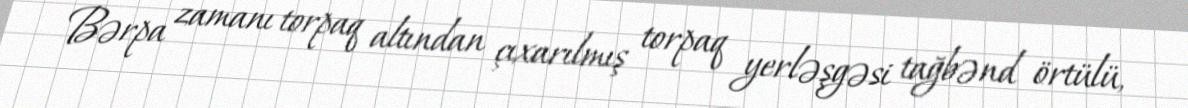
Bərpa zamanı torpaq altından çıxarılmış torpaq yerləşgəsi tağbənd örtülü,